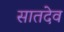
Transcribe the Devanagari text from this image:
सातदेव